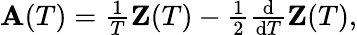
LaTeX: \begin{array}{r}{\mathbf A(T)=\frac{1}{T}\mathbf Z(T)-\frac{1}{2}\frac{\textrm{d}}{\textrm{d}T}\mathbf Z(T),}\end{array}